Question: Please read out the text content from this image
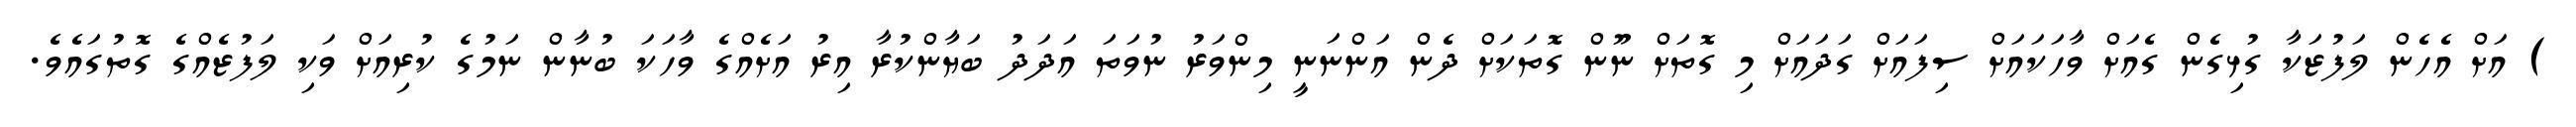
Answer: ) އަށް އެހެން ލަފުޒަކާ ގުޅިގެން ގެއަށް ވާހަކައަށް ސިފައަށް ގަދައަށް މި ގޮތަށް ނޫން ގޮތަކަށް ދެން އަންނަނީ މިންވަރު ނުވަތަ އަދަދު ބަޔާންކުރާ އިރު އަށެއްގެ ވާހަކަ ބުނާން ނަމުގެ ކުރިއަށް ވަކި ލަފުޒެއްގެ ގޮތުގައެވެ.